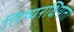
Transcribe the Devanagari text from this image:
तिष्यरक्षियता